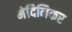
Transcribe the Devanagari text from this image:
मेदिनिकर